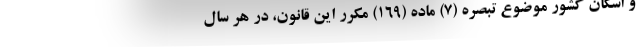
و اسکان کشور موضوع تبصره (۷) ماده (۱۶۹) مکرر این قانون، در هر سال